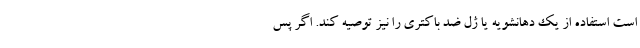
است استفاده از یک دهانشویه یا ژل ضد باکتری را نیز توصیه کند. اگر پس